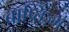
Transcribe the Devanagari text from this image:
बाप्तिज़्म